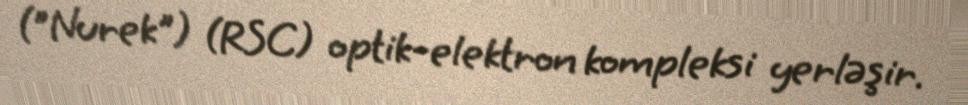
("Nurek") (RSC) optik-elektron kompleksi yerləşir.